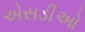
એસડીઓ